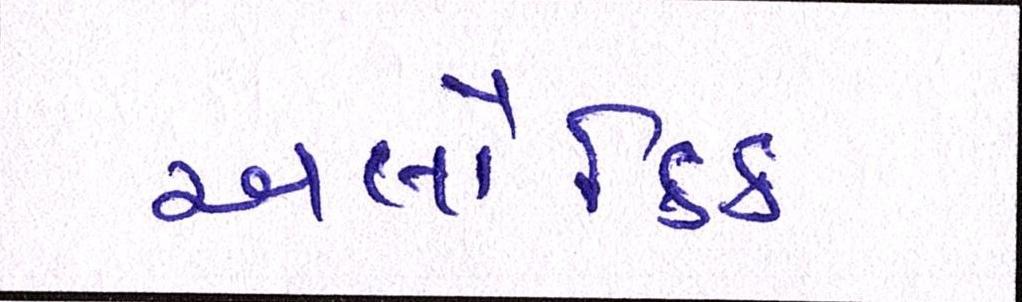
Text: અલૌકિક